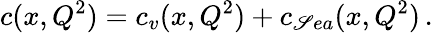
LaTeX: c(x,Q^{2})=c_{v}(x,Q^{2})+c_{\mathscr{S}ea}(x,Q^{2})\, .